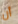
أن